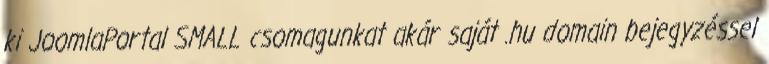
ki JoomlaPortal SMALL csomagunkat akár saját .hu domain bejegyzéssel